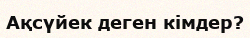
Ақсүйек деген кімдер?